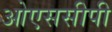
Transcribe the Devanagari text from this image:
ओएससीपी